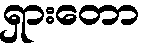
ရှားတော